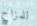
للمزاح